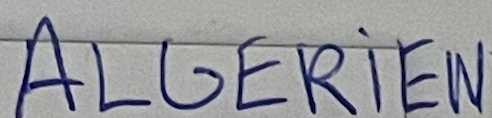
ALGERIEN